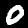
Digit: 0